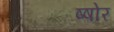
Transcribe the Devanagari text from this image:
ष्षोर